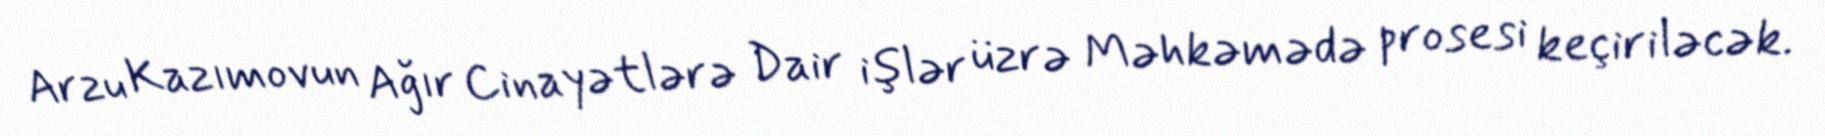
Arzu Kazımovun Ağır Cinayətlərə Dair işlər üzrə Məhkəmədə prosesi keçiriləcək.